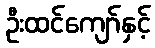
ဦးထင်ကျော်နှင့်